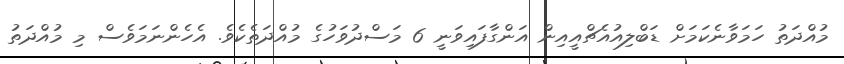
މުއްދަތު ހަމަވާނެކަމަށް ޑަބްލިއުއެޗްއީއިން އަންގާފައިވަނީ 6 މަސްދުވަހުގެ މުއްދަތެކެވެ. އެހެންނަމަވެސް މި މުއްދަތު